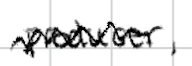
Text: producer,
Cross-out: zig-zag
Writing tool: digital_black